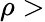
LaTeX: \rho>